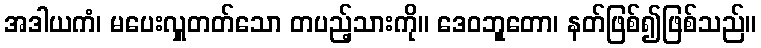
အဒါယကံ၊ မပေးလှူတတ်သော တပည့်သားကို။ ဒေဝဘုူတော၊ နတ်ဖြစ်၍ဖြစ်သည်။